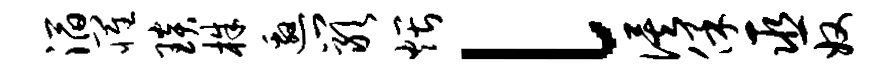
滔罹琰株邀岩煨l俟保巫奴